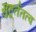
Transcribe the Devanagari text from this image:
मुहूर्ततत्व